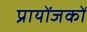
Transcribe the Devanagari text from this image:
प्रायोंजकों